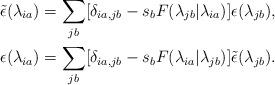
LaTeX: \begin{align*} \tilde{\epsilon}(\lambda_{ia}) &= \sum_{jb}[\delta_{ia,jb} - s_bF(\lambda_{jb}|\lambda_{ia})]\epsilon(\lambda_{jb}),\\ \epsilon(\lambda_{ia}) &= \sum_{jb}[\delta_{ia,jb} - s_bF(\lambda_{ia}|\lambda_{jb})]\tilde{\epsilon}(\lambda_{jb}).\end{align*}